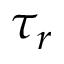
\tau _ { r }